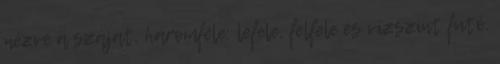
nézve a szájat, háromféle: lefele, felfele és vízszint futó.